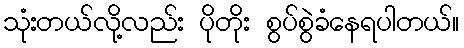
သုံးတယ်လို့လည်း ပိုတိုး စွပ်စွဲခံနေရပါတယ်။